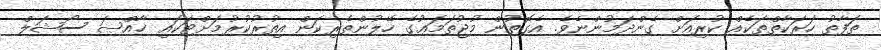
ތަފާތު ހަރަކާތްތަކެއް ކުރިއަށް ގެންދަމުންނެވެ. އެގޮތުން މުޖުތަމަޢުގެ ހޭލުންތެރިކަން އިތުރުކުރުމަށްޓަކައި ޚާއްޞަ ސޯޝަލް